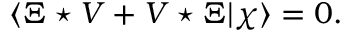
\langle \Xi \star V + V \star \Xi | \chi \rangle = 0 .